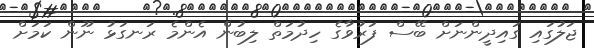
ޖަލުގައި ގައިދީންނަށް ބޭސް ފަރުވާގެ ހިދުމަތް ލިބުން އެންމެ ރަނގަޅު ނޫން ކަމަށް